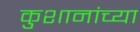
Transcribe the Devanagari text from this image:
कुशानांच्या